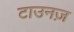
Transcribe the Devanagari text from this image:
टाउनज़